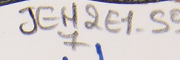
JEH2E1-597